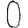
Digit: 0